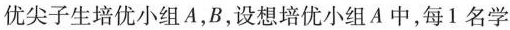
优尖子生培优小组A，B，设想培优小组A中，每1名学